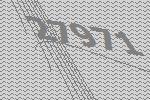
27971